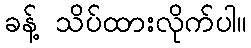
ခန့် သိပ်ထားလိုက်ပါ။